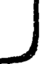
J